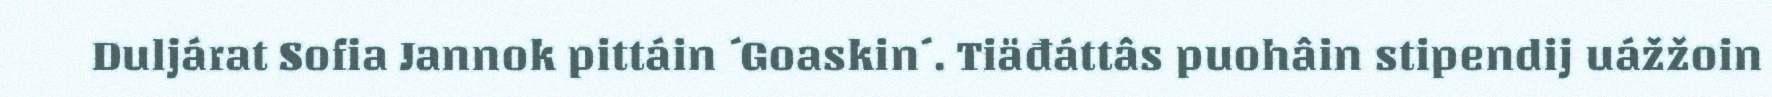
Duljárat Sofia Jannok pittáin ´Goaskin´. Tiäđáttâs puohâin stipendij uážžoin